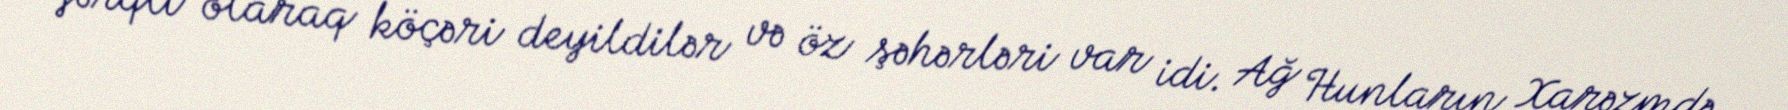
fərqli olaraq köçəri deyildilər və öz şəhərləri var idi. Ağ Hunların Xarəzmdə